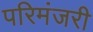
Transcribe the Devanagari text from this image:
परिमंजरी